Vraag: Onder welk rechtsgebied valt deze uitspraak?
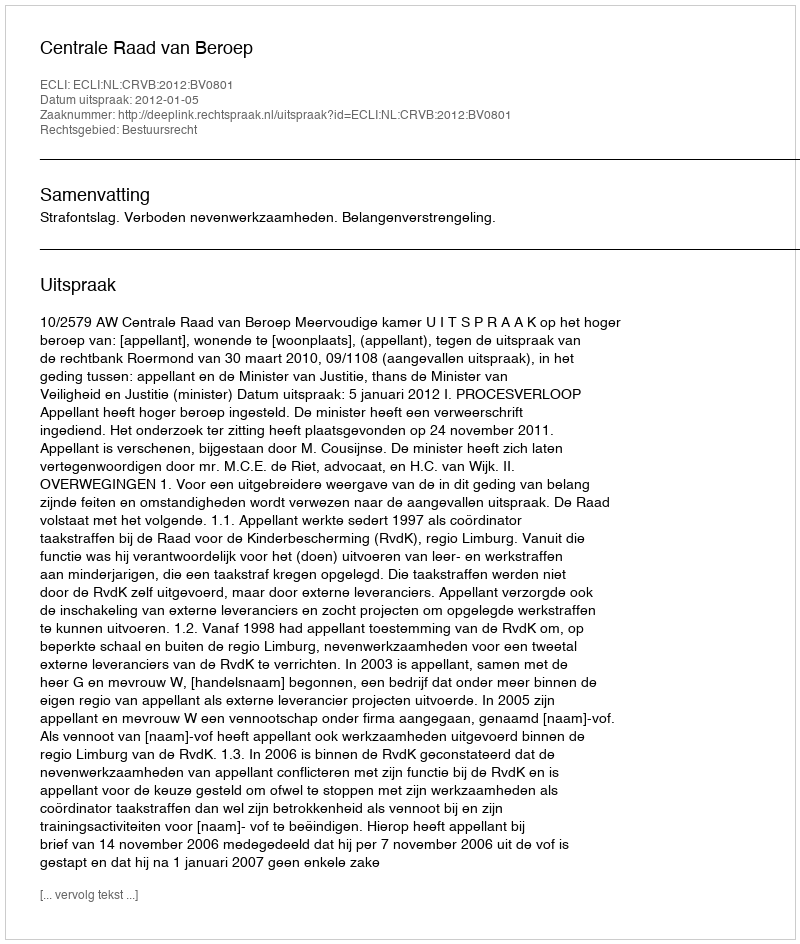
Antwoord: Bestuursrecht